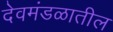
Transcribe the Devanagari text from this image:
देवमंडळातील